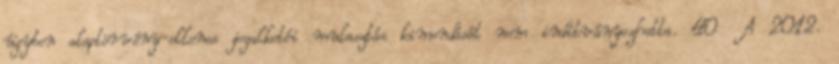
ügyben alaptörvény-ellenes jogalkotói mulasztás kimondását nem indítványozhatta. 40 A 2012.